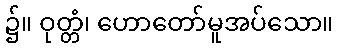
၌။ ဝုတ္တံ၊ ဟောတော်မူအပ်သော။